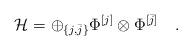
LaTeX: \begin{align*}{\mathcal H}=\oplus_{\{j,\bar j\}}\Phi^{[j]}\otimes\Phi^{[\bar j]}\quad .\end{align*}